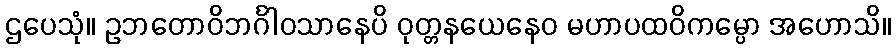
ဌပေသုံ။ ဥဘတောဝိဘင်္ဂါဝသာနေပိ ဝုတ္တနယေနေဝ မဟာပထဝိကမ္ပော အဟောသိ။